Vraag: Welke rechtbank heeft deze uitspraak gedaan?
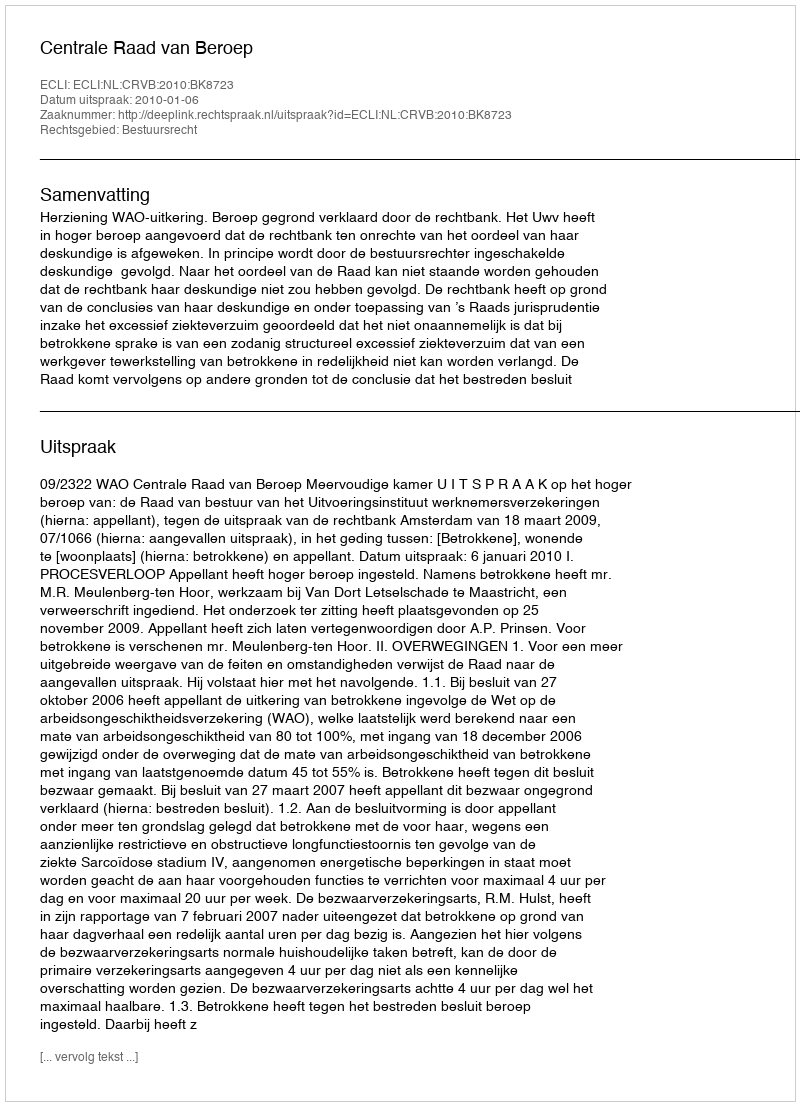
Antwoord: Centrale Raad van Beroep